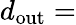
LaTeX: d_{\mathrm{out}}=